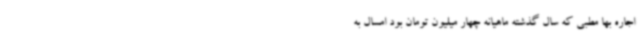
اجاره بها مطبی که سال گذشته ماهیانه چهار میلیون تومان بود امسال به